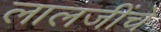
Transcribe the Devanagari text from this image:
लालजींचे